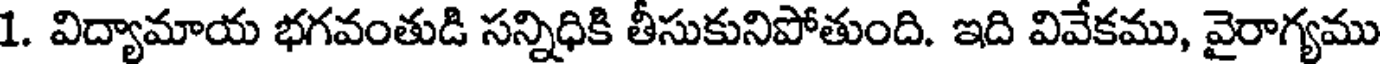
1. విద్యామాయ భగవంతుడి సన్నిధికి తీసుకునిపోతుంది. ఇది వివేకము, వైరాగ్యము